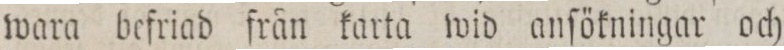
wara befriad från karta wid anſökningar och